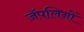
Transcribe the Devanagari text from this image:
ज़ॅपलिनों